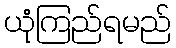
ယုံကြည်ရမည်